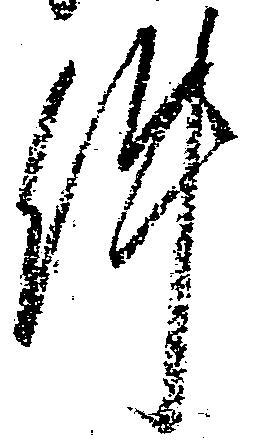
件